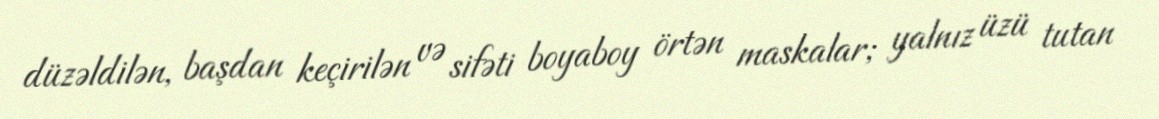
düzəldilən, başdan keçirilən və sifəti boyaboy örtən maskalar; yalnız üzü tutan